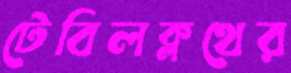
টেবিলক্লথের